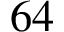
6 4